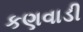
કણવાડી